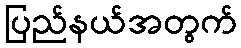
ပြည်နယ်အတွက်